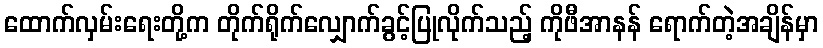
ထောက်လှမ်းရေးတို့က တိုက်ရိုက်လျှောက်ခွင့်ပြုလိုက်သည့် ကိုဖီအာနန် ရောက်တဲ့အချိန်မှာ